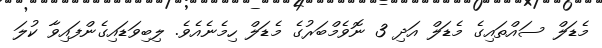
މެޑަލް ސައްތައިގެ މެޑަލް އަދި 3 ނޮވެމްބަރުގެ މެޑަލް ހިމެނެއެވެ. ލިބިވަޑައިގެންފައިވާ ކުލަ